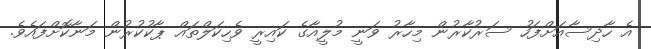
އެ ހާދިސާއަށްފަހު ސަރުކާރުން މިހާރު ވަނީ މުލީއާގެ ކައިރީ ވެހިކަލްތައް ޕާކުކުރުން މަނާކޮށްފައެވެ.